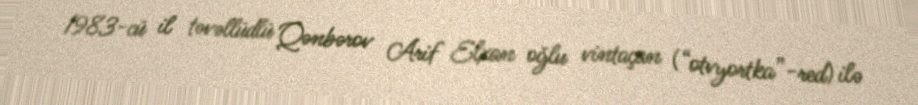
1983-cü il təvəllüdlü Qənbərov Arif Elxan oğlu vintaçan (“otvyortka”-red) ilə